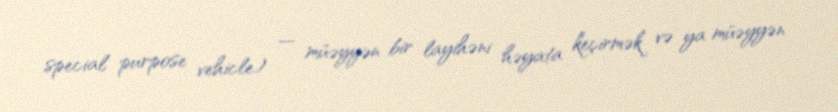
special purpose vehicle) — müəyyən bir layihəni həyata keçirmək və ya müəyyən